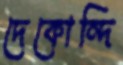
দেকোন্দি